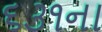
૬૩૧ના